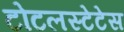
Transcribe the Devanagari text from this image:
टोटलस्टेटेस